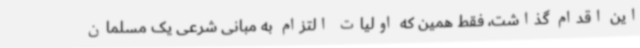
این اقدام گذاشت، فقط همین که اولیات التزام به مبانی شرعی یک مسلمان